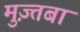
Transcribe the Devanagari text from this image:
मुज़्तबा